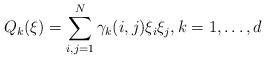
LaTeX: \begin{align*}Q_k(\xi)=\sum_{i,j=1}^N\gamma_k(i,j)\xi_i\xi_j,k=1,\dots,d\end{align*}